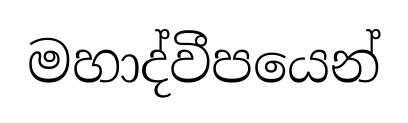
මහාද්වීපයෙන්